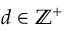
d \in \mathbb { Z } ^ { + }